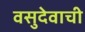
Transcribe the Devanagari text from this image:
वसुदेवाची